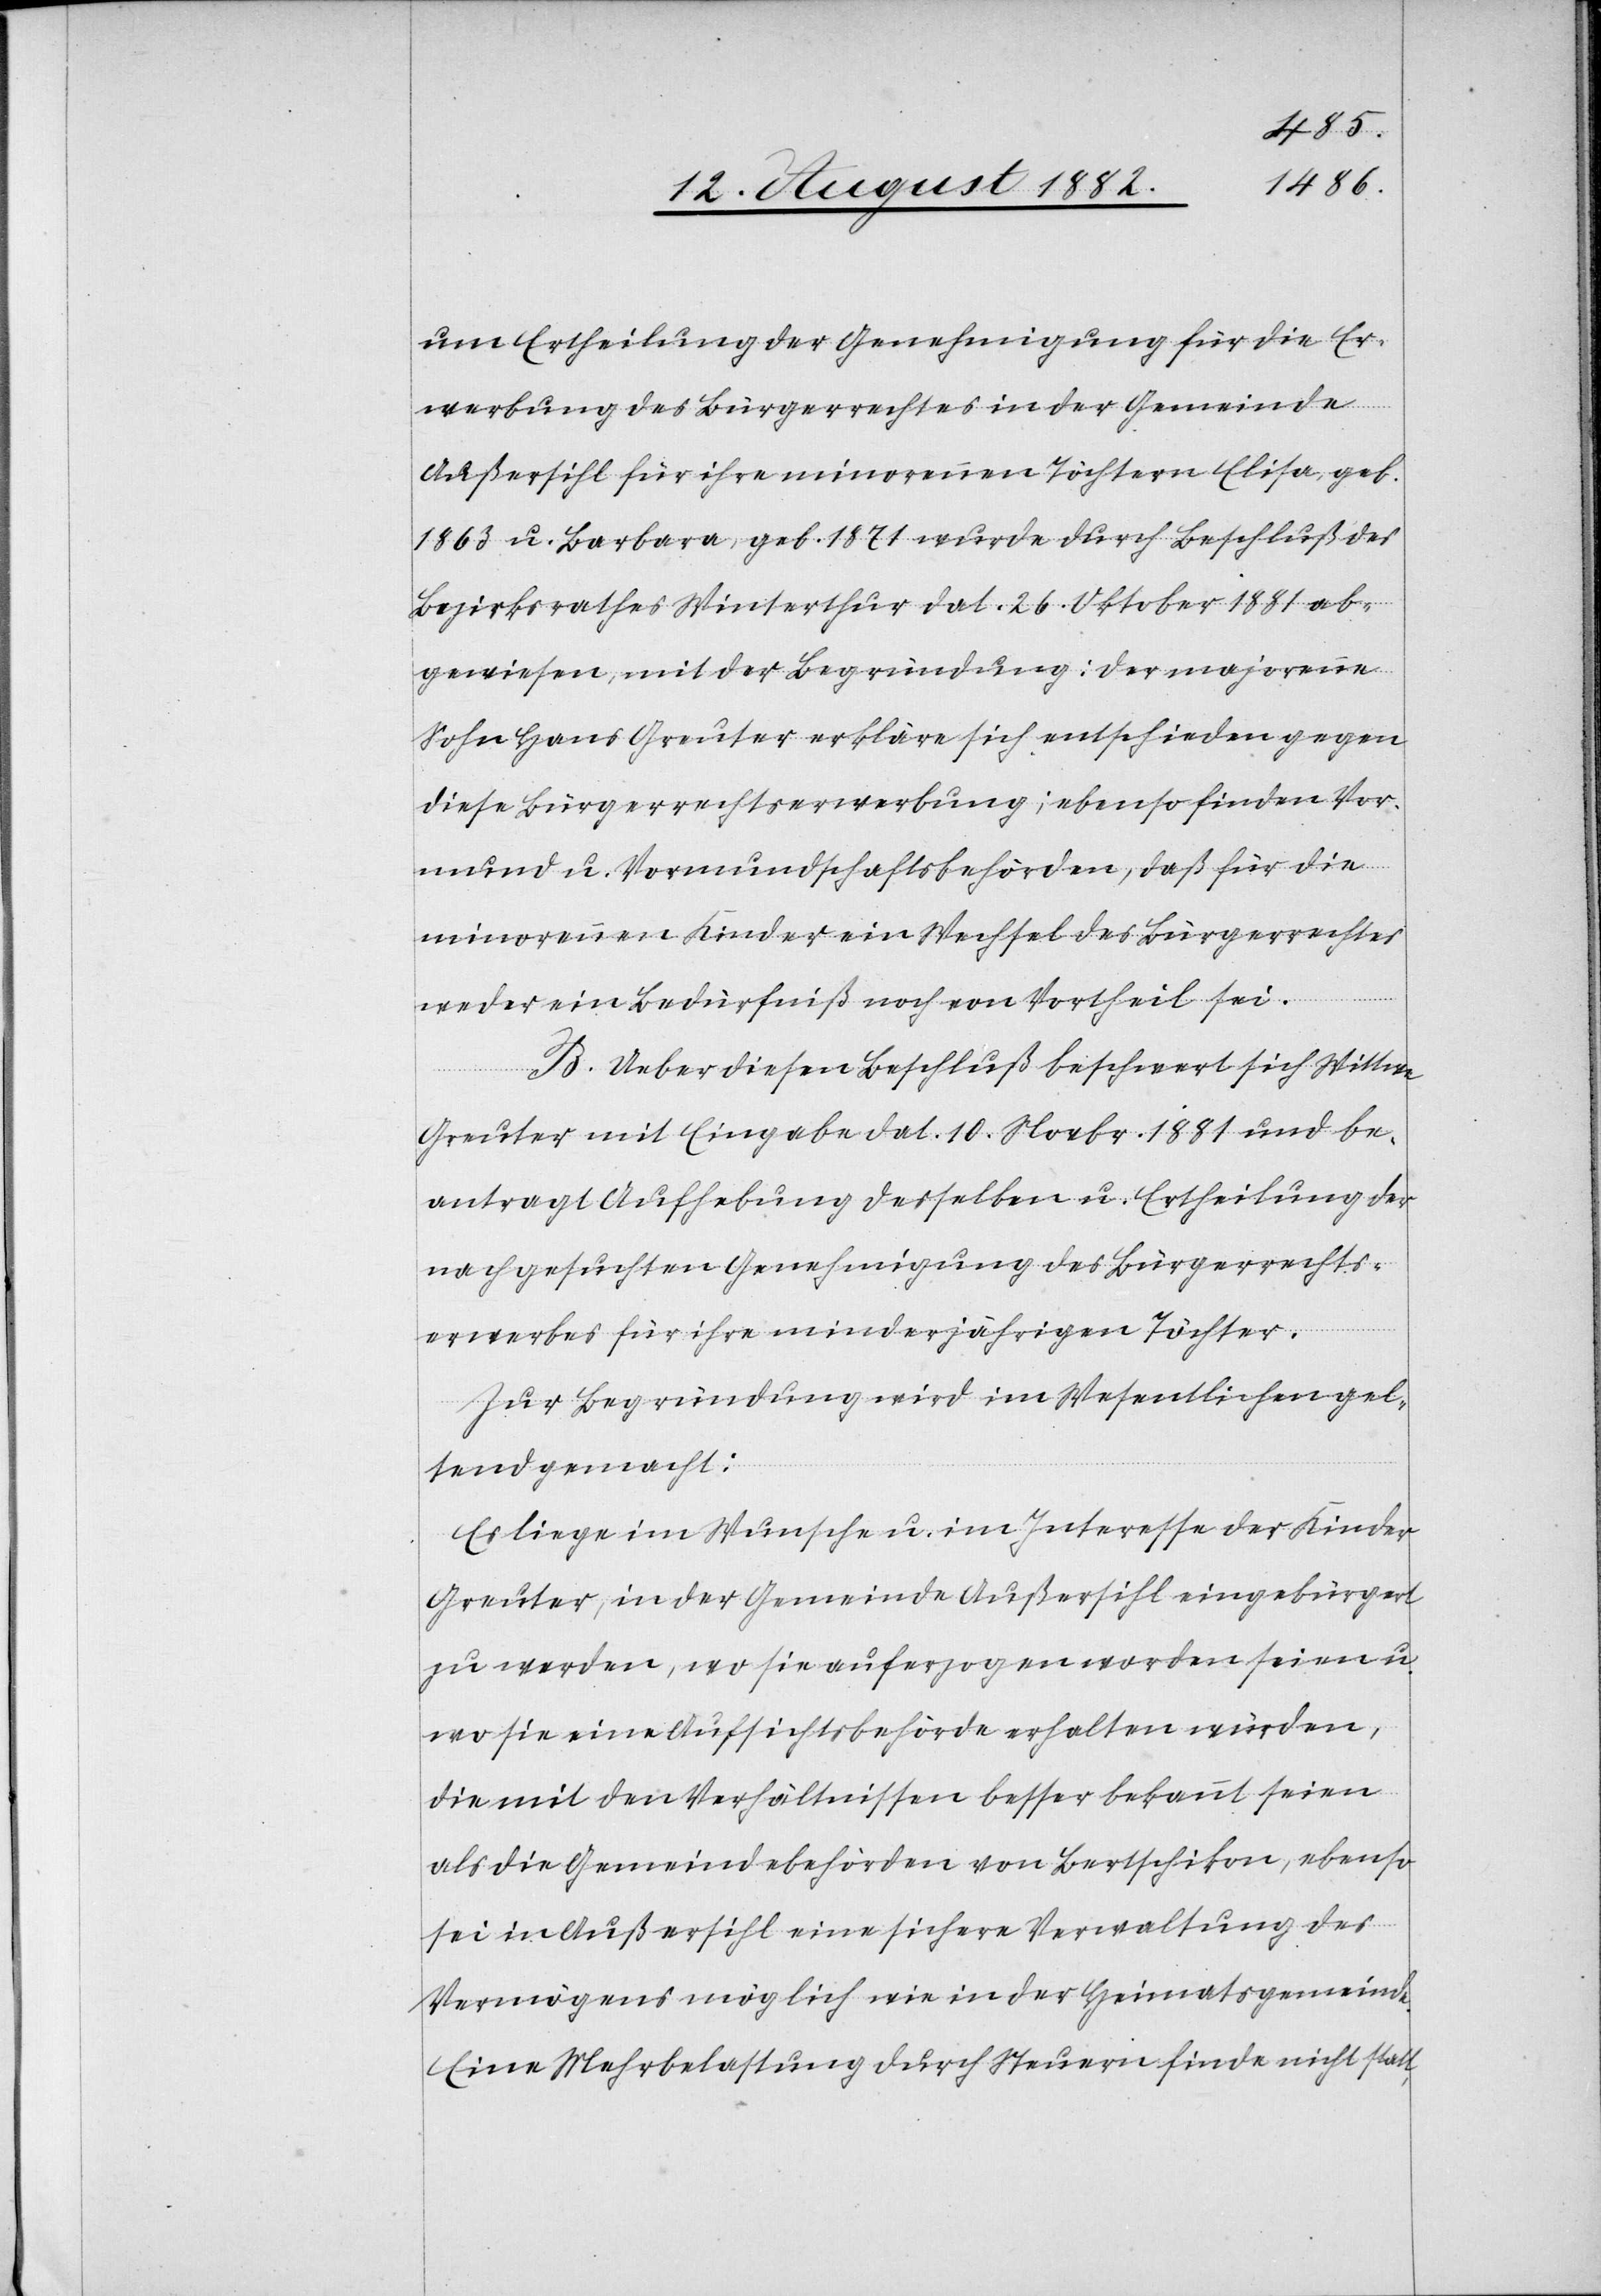
um Ertheilung der Genehmigung für die Er¬
werbung des Bürgerrechtes in der Gemeinde
Außersihl für ihre minorennen Töchtern Elisa, geb.
1863 u. Barbara, geb. 1871 wurde durch Beschluß des
Bezirksrathes Winterthur dat. 26. Oktober 1881 ab¬
gewiesen, mit der Begründung: der majorenne
Sohn Hans Greuter erkläre sich entschieden gegen
diese Bürgerrechtserwerbung; ebenso finden Vor¬
mund u. Vormundschaftsbehörden, daß für die
minorennen Kinder ein Wechsel des Bürgerrechtes
weder ein Bedürfniß noch von Vortheil sei.
B. Ueber diesen Beschluß beschwert sich Wittwe
Greuter mit Eingabe dat. 10. Novbr. 1881 und be¬
antragt Aufhebung desselben u. Ertheilung der
nachgesuchten Genehmigung des Bürgerrechts¬
erwerbes für ihre minderjährigen Töchter.
Zur Begründung wird im Wesentlichen gel¬
tend gemacht:
Es liege im Wunsche u. im Interesse der Kinder
Greuter, in der Gemeinde Außersihl eingebürgert
zu werden, wo sie aufgezogen worden seien u.
wo sie eine Aufsichtsbehörde erhalten würden,
die mit den Verhältnissen besser bekannt seien
als die Gemeindebehörden von Bertschikon, ebenso
sei in Außersihl eine sichere Verwaltung des
Vermögens möglich wie in der Heimatsgemeinde.
Eine Mehrbelastung durch Steuern finde nicht statt,